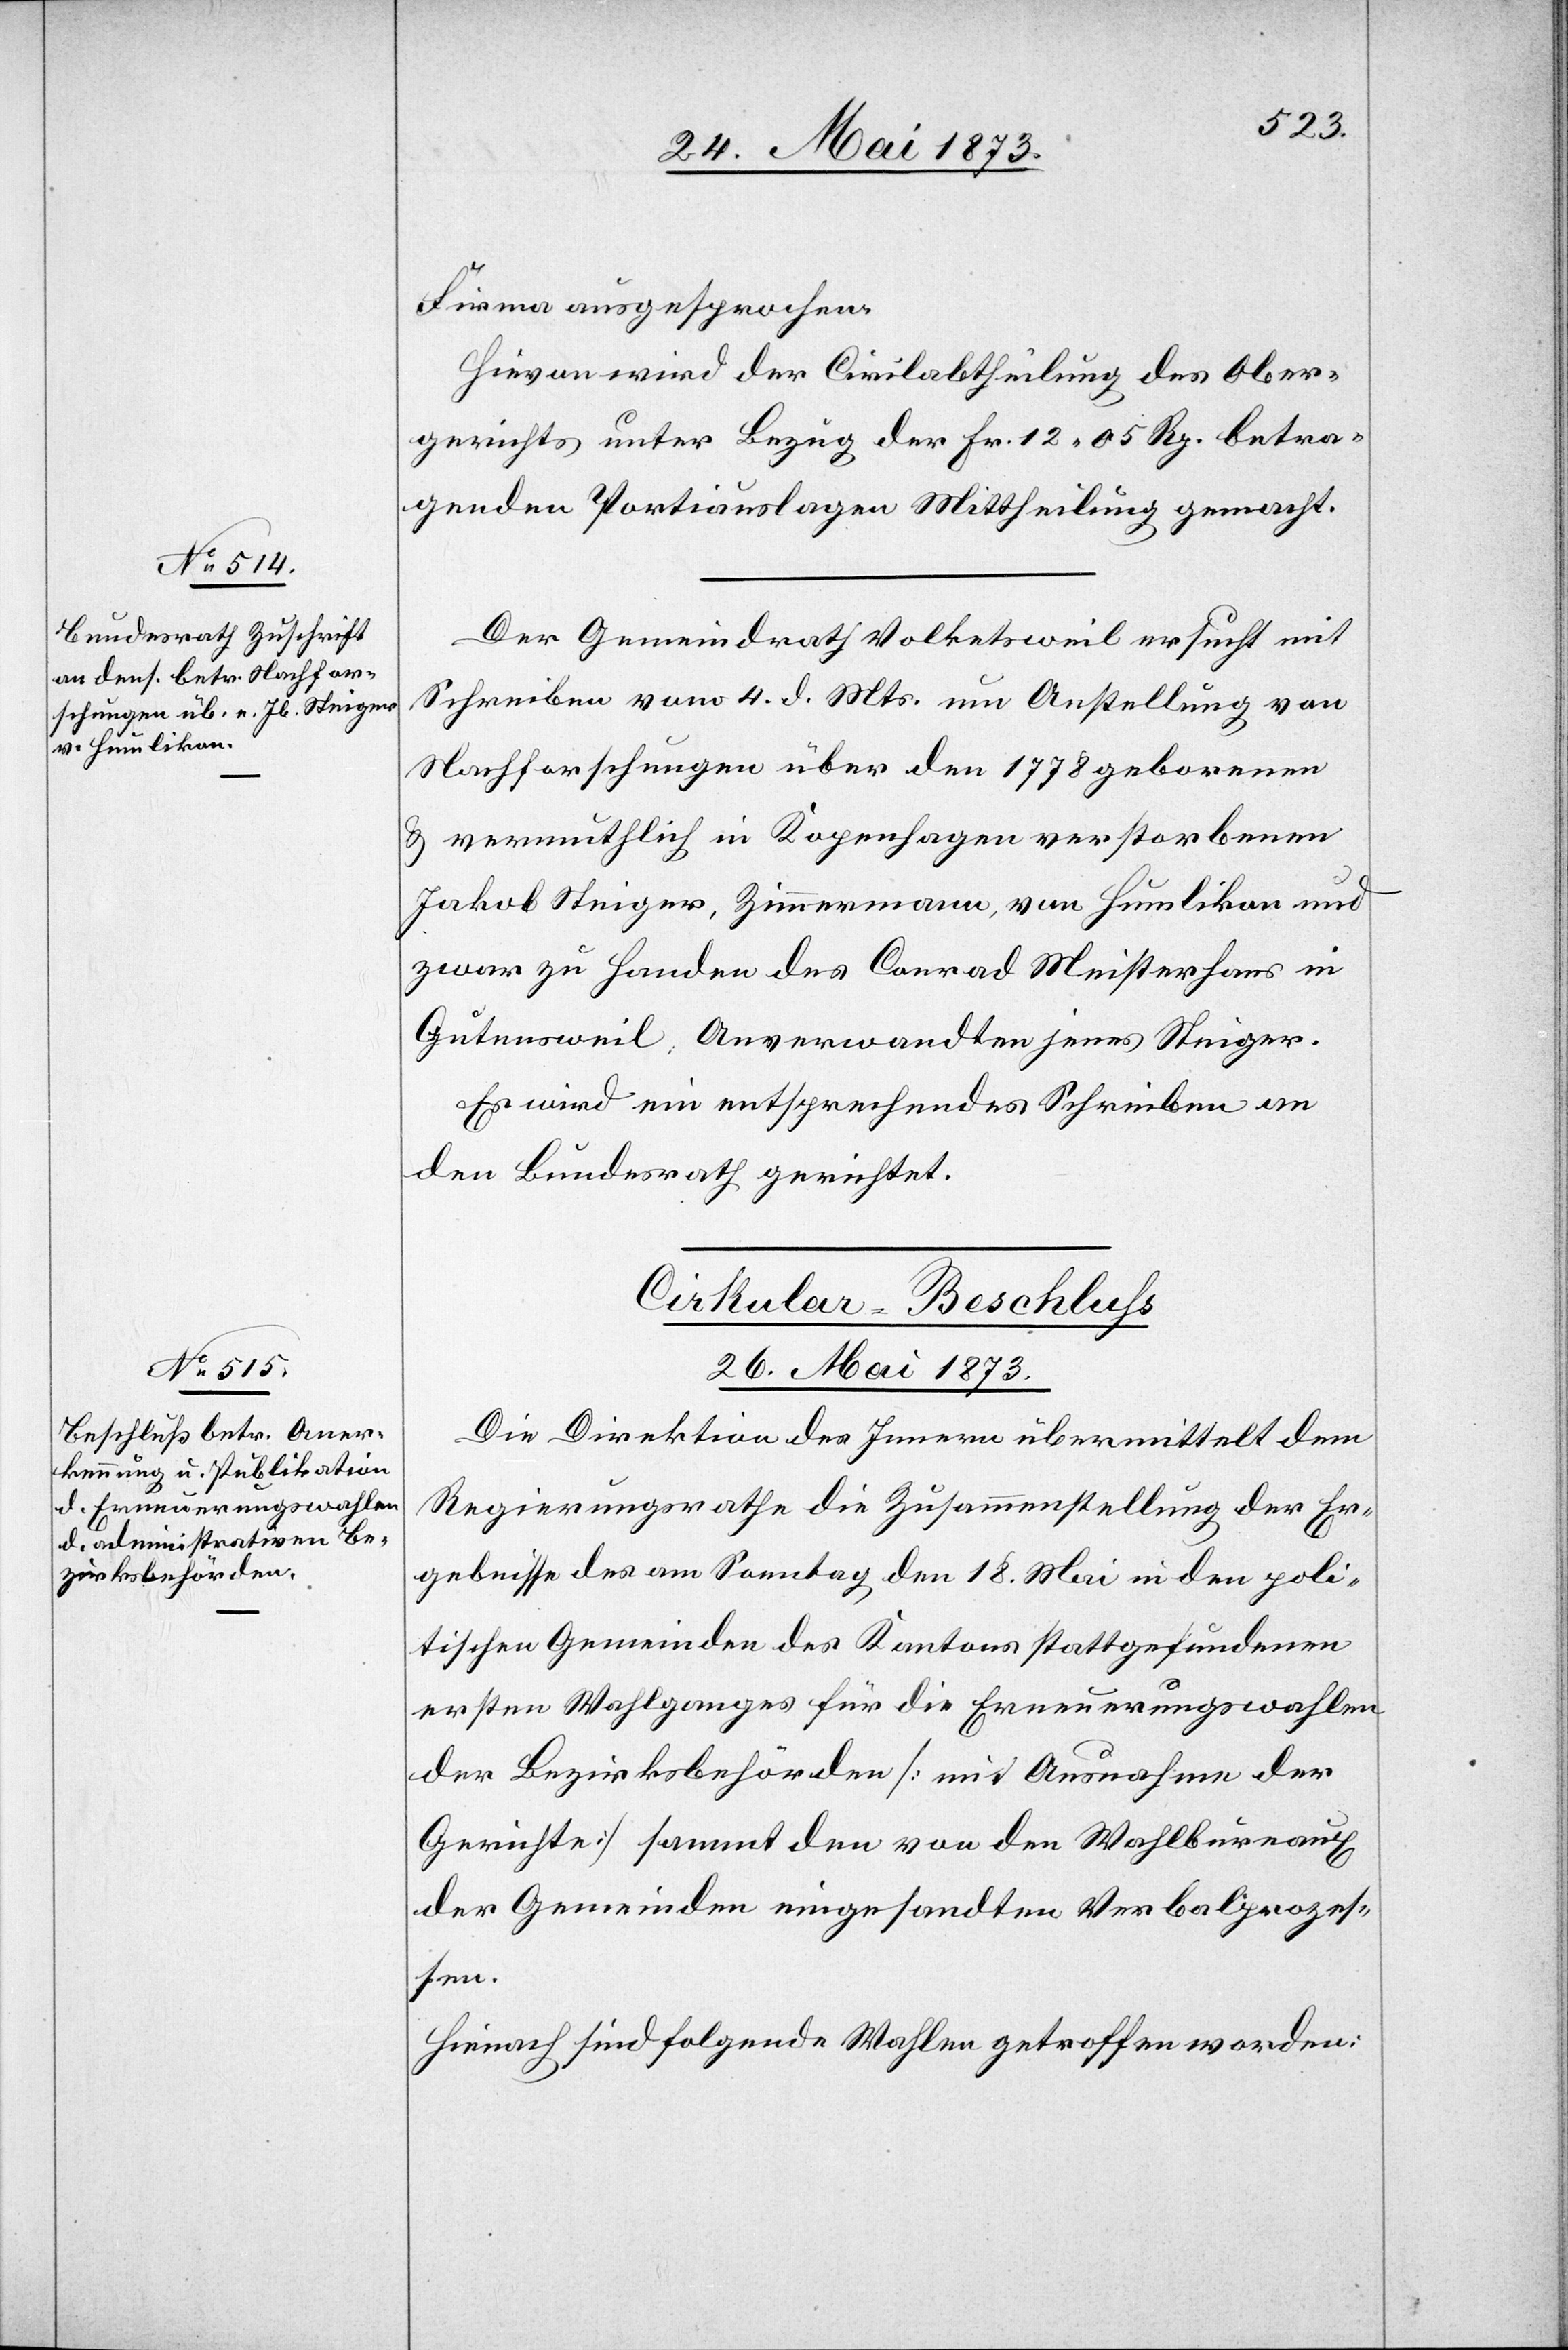
Firma ausgesprochen.
Hievon wird der Civilabtheilung des Ober¬
gerichts unter Bezug der Fr. 12 05 Rp. betra¬
genden Portiauslagen Mittheilung gemacht.
Der Gemeindrath Volketsweil ersucht mit
Schreiben vom 4. d. Mts. um Anstellung von
Nachforschungen über den 1778 geborenen
& vermuthlich in Kopenhagen verstorbenen
Jakob Steiger, Zimmermann, von Humlikon und
zwar zu Handen des Conrad Meisterhans in
Gutensweil, Anverwandten jenes Steiger.
Es wird ein entsprechendes Schreiben an
den Bundesrath gerichtet.
Cirkular-Beschluss.
26. Mai 1873.
Die Direktion des Innern übermittelt dem
Regierungsrathe die Zusammenstellung der Er¬
gebnisse des am Sonntag den 18. Mai in den poli¬
tischen Gemeinden des Kantons stattgefundenen
ersten Wahlganges für die Erneuerungswahlen
der Bezirksbehörden [mit Ausnahme der
Gerichte] sammt den von den Wahlbureaux
der Gemeinden eingesandten Verbalprozes¬
sen.
Hienach sind folgende Wahlen getroffen worden: